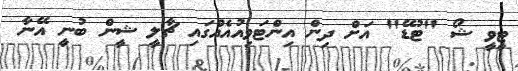
ޓީވީ ޝޯ "ޓުޑޭ" އަށް ދިން އިންޓަވިއުއެއްގައި ޗާލީ ޝީން ބުނީ އޭނާ